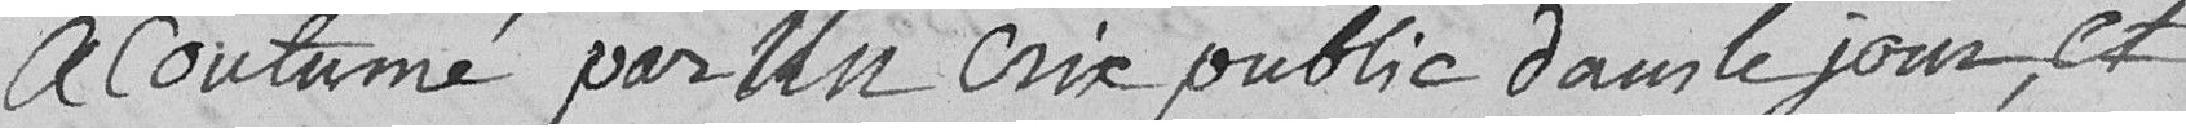
a coutumé par un crix public dans le jour, et